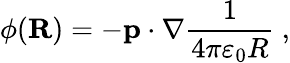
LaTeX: \phi(\mathbf{R})=-\mathbf{p}\cdot\mathbf{\nabla}{\frac{1}{4\pi\varepsilon_{0}R}}\ ,